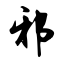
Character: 邪